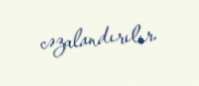
cəzalandırılır.